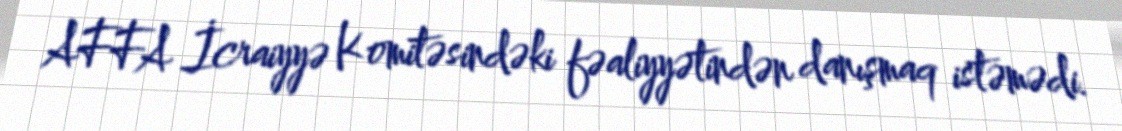
AFFA İcraiyyə Komitəsindəki fəaliyyətindən danışmaq istəmədi.